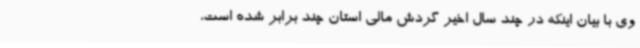
وی با بیان اینکه در چند سال اخیر گردش مالی استان چند برابر شده است،